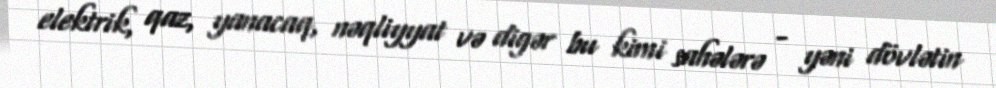
elektrik, qaz, yanacaq, nəqliyyat və digər bu kimi sahələrə - yəni dövlətin